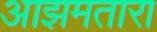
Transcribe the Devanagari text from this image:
आझमतारा